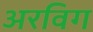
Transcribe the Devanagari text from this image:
अरविग